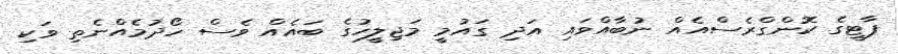
ޕާޓީގެ ކޮންގްރެސްއެއް ނުބާއްވައި އަދި ގައުމީ މަޖިލީހުގެ ބައެއް ވެސް ހޯދުމެއްނެތި ވަކި